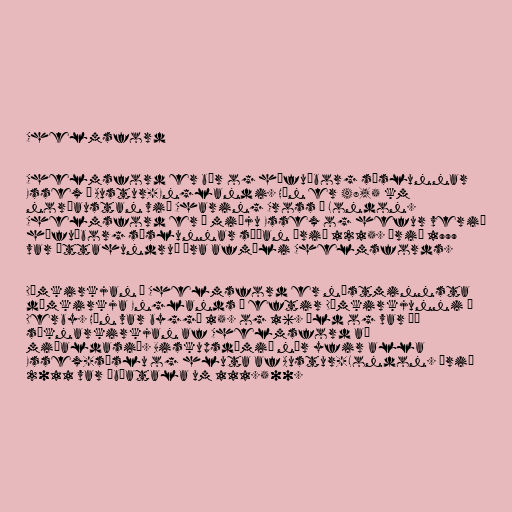
Chelmsford

Chelmsford er bær og höfuðborg sýslunnar
Essex á Austur-Englandi. Hún er 48,5 km
norðaustan við Charing Cross í London.
Chelmsford er í miðju Essex og hefur verið
höfuðborg sýslunnar síðan árið 1215. Árið 1999
var áttahundruð ára afmæli Chelmsfords.

Dómkirkjan í Chelmsford er næstminnsta
dómkirkja Englands á eftir Dómkirkjunni í
Derby. Hún var byggð 15. og 16. öld og var þá
sóknarkirkjan af Chelmsford að
miðaldasið. Biskupsdæmið nær yfir alla
Essex-sýslu og hluta af Austur-London. Árið
2011 var íbúatala um 111.500.